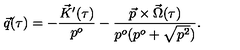
\vec { q } ( \tau ) = - \frac { \vec { K } ^ { \prime } ( \tau ) } { p ^ { o } } - \frac { \vec { p } \times \vec { \Omega } ( \tau ) } { p ^ { o } ( p ^ { o } + \sqrt { p ^ { 2 } } ) } .